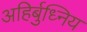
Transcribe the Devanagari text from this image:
अहिर्बुध्निय